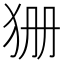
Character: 㹪